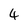
Character: 4